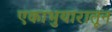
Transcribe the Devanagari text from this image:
एकाभुयारातून